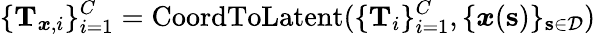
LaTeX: \{ \mathbf{T}_{\boldsymbol{x},i}\} _{i=1}^{C}=\operatorname{CoordToLatent}(\{ \mathbf{T}_{i}\} _{i=1}^{C},\{ \boldsymbol{x}(\mathbf{s})\} _{\mathbf{s}\in\mathcal{D}})